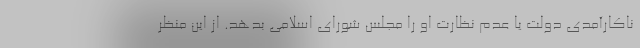
ناکارآمدی دولت یا عدم نظارت او را مجلس شورای اسلامی بدهد. از این منظر